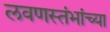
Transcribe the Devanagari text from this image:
लवणस्तंभांच्या